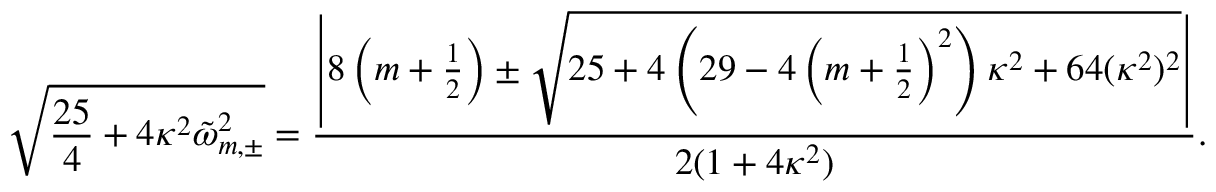
\sqrt { \frac { 2 5 } { 4 } + 4 \kappa ^ { 2 } \tilde { \omega } _ { m , \pm } ^ { 2 } } = \frac { \left| 8 \left( m + \frac 1 2 \right) \pm \sqrt { 2 5 + 4 \left( 2 9 - 4 \left( m + \frac 1 2 \right) ^ { 2 } \right) \kappa ^ { 2 } + 6 4 ( \kappa ^ { 2 } ) ^ { 2 } } \right| } { 2 ( 1 + 4 \kappa ^ { 2 } ) } .